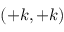
( + k , + k )